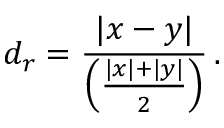
d _ { r } = { \frac { | x - y | } { \left( { \frac { | x | + | y | } { 2 } } \right) } } \, .